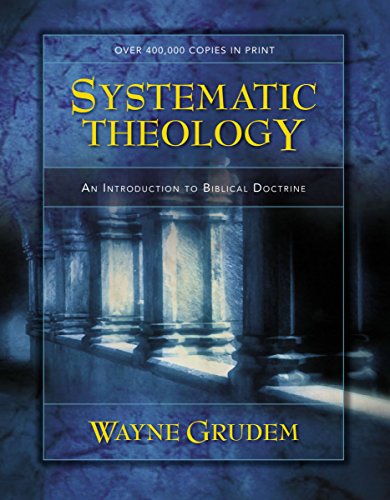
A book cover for Systematic Theology: An Introduction to Biblical Doctrine; Wayne Grudem; Christian Books & Bibles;